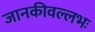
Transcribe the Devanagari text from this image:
जानकीवल्लभः